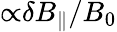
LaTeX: {\propto}\delta B_{\parallel}/B_{0}